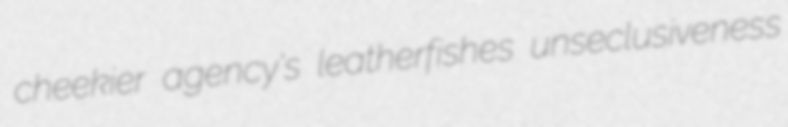
cheekier agency's leatherfishes unseclusiveness